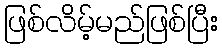
ဖြစ်လိမ့်မည်ဖြစ်ပြီး